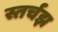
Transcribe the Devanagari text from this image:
स्तर्चझ